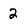
Character: 2